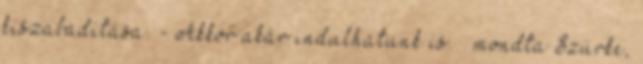
kiszabadítása. - Akkor akár indulhatunk is. – mondta Szürke,